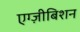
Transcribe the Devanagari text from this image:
एग्ज़ीबिशन